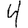
Digit: 4